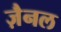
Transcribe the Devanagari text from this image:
ज़ैनल